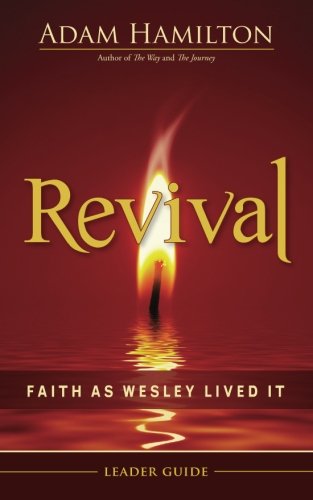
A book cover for Revival Leader Guide: Faith as Wesley Lived It; Adam Hamilton; Christian Books & Bibles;